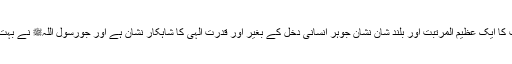
حضرت مسیح موعودؑ کی صداقت کا ایک عظیم المرتبت اور بلند شان نشان جوہر انسانی دخل کے بغیر اور قدرت الٰہی کا شاہکار نشان ہے اور جورسول اللہﷺ نے بہت روشن اورواضح بیان فرمایاہے۔